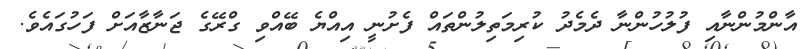
އާންމުންނާއި ފުލުހުންނާ ދެމެދު ކުރިމަތިލުންތައް ފެށުނީ އިއްޔެ ބޭއްވި ގްރޭގެ ޖަނާޒާއަށް ފަހުގައެވެ.